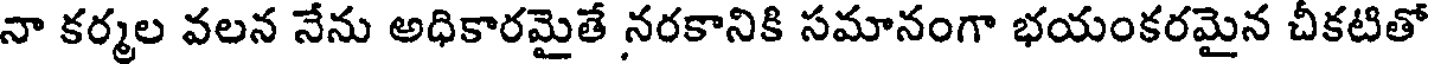
నా కర్మల వలన నేను అధికారమైతే నరకానికి సమానంగా భయంకరమైన చీకటితో